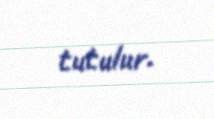
tutulur.